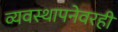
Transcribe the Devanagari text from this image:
व्यवस्थापनेवरही